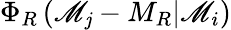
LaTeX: \Phi_{R}\left(\mathscr{M}_{\mathit{j}}-M_{R}\vert\mathscr{M}_{i}\right)